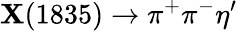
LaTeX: \mathbf{X}(1835)\to\pi^{+}\pi^{-}\eta^{\prime}